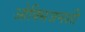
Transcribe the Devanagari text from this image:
ओक्सिजनशी